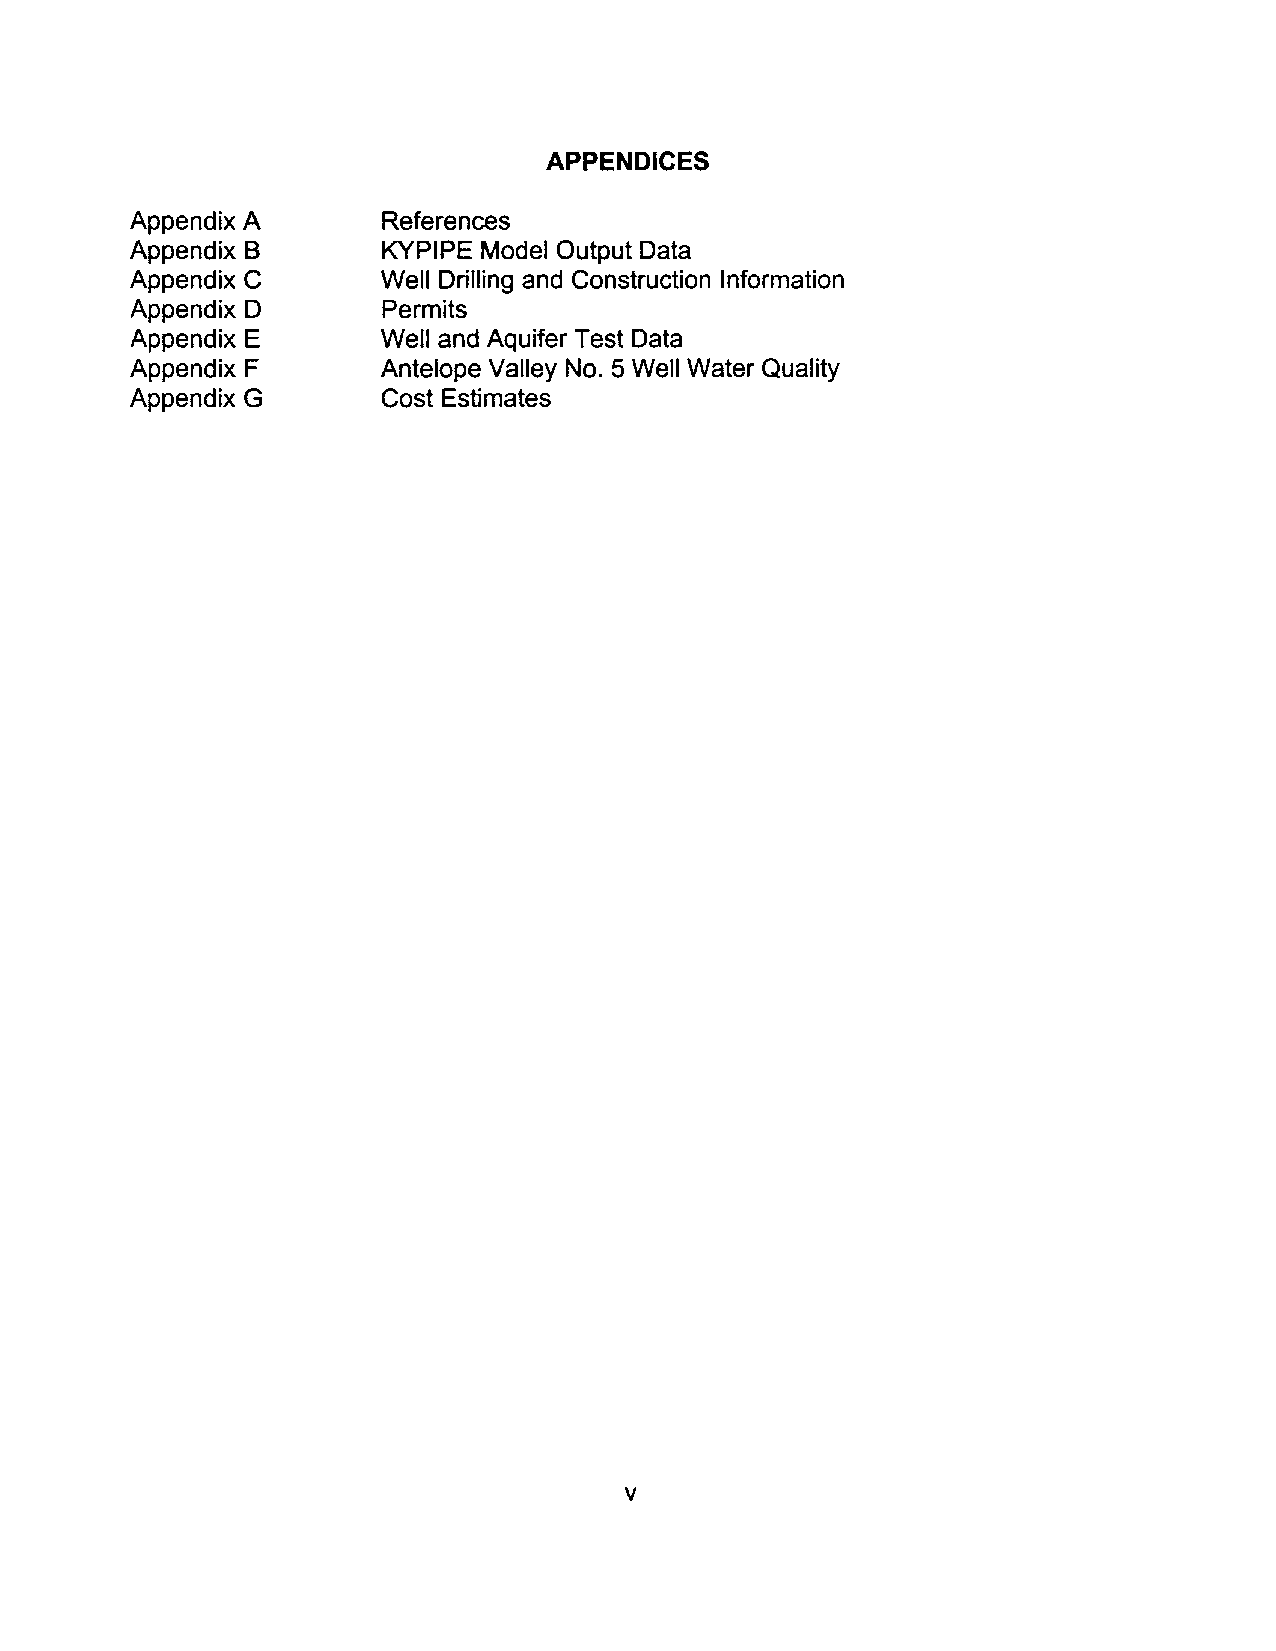
APPENDICES
 Appendix A      References
 Appendix B      KYPIPE Model Output Data
 Appendix C      Well Drilling and Construction Information
 Appendix D      Permits
 Appendix E      Well and Aquifer Test Data
 Appendix F      Antelope Valley NO.5 Well Water Quality
 Appendix G      Cost Estimates
 v